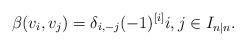
LaTeX: \begin{align*} \beta(v_i,v_j)=\delta_{i,-j}(-1)^{[i]} i,j\in I_{n|n}.\end{align*}